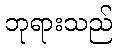
ဘုရားသည်